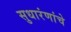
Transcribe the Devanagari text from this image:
सुधारंणांचे